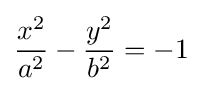
{\frac {x^{2}}{a^{2}}}-{\frac {y^{2}}{b^{2}}}=-1